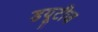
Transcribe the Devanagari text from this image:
डयूटीज